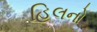
હિલનો